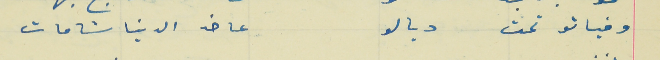
وفياتو تحت ديالو                                                      عا خد الدنيا شامات